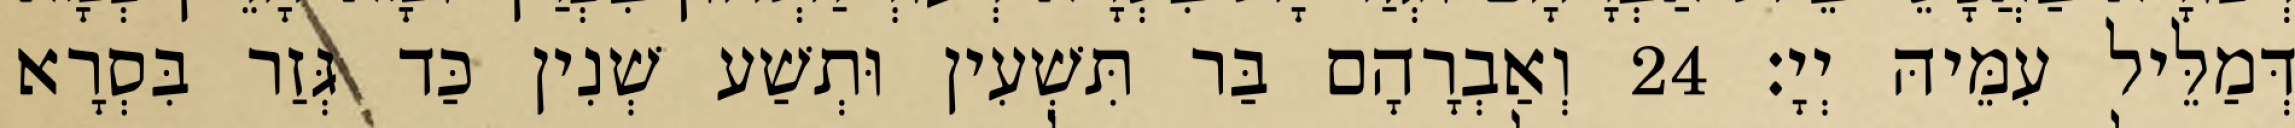
דְּמַלֵּיל עִמֵּיהּ יְיָ׃ 24 וְאַבְרָהָם בַּר תִּשְׁעִין וּתְשַׁע שְׁנִין כַּד גְּזַר בִּסְרָא